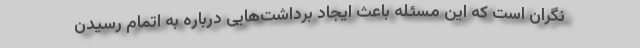
نگران است که این مسئله باعث ایجاد برداشت‌هایی درباره به اتمام رسیدن